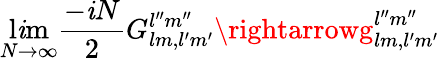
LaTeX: \operatorname*{l\mathit{i}m}_{N\rightarrow\infty}\frac{{-\mathit{i}N}}{{2}}G_{lm,l^{\prime}m^{\prime}}^{l^{\prime\prime}m^{\prime\prime}}\rightarrowg_{lm,l^{\prime}m^{\prime}}^{l^{\prime\prime}m^{\prime\prime}}